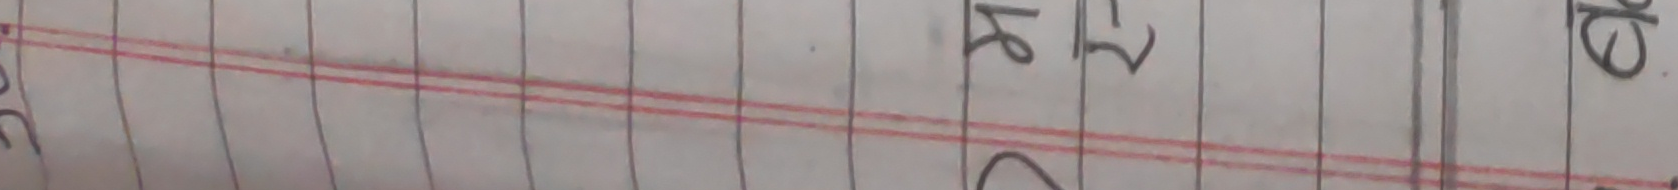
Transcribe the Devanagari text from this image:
२ ४ १ ६